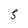
Character: 5